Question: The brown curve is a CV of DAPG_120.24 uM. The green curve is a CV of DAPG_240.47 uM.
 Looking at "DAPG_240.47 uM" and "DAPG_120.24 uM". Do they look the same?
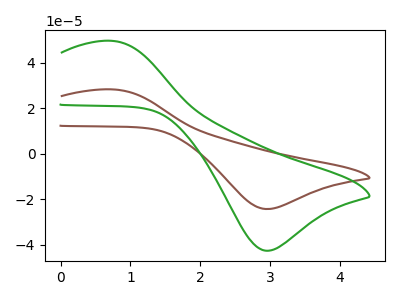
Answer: <think>The brown curve "DAPG_120.24 uM" has an anodic peak at (0.75V, 28.20uA) and a cathodic peak at (3.00V, -24.25uA). The green curve "DAPG_240.47 uM" has an anodic peak at (0.75V, 49.50uA) and a cathodic peak at (3.00V, -42.55uA).
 All the peaks in "DAPG_240.47 uM" have a peak in "DAPG_120.24 uM" at the same potential. Every peak in "DAPG_240.47 uM" is higher than every peak in "DAPG_120.24 uM".</think>
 <answer>"DAPG_240.47 uM" and "DAPG_120.24 uM" are similar in shape.</answer>
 <eval>same_shape</eval>